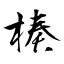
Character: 楱